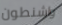
واشنطون